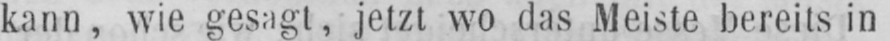
kann, wie gesagt, jetzt wo das Meiste bereits in